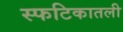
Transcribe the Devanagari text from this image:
स्फटिकातली